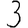
Digit: 3